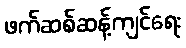
ဖက်ဆစ်ဆန့်ကျင်ရေး